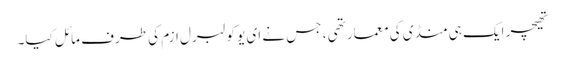
تھیچر ایک ہی منڈی کی معمار تھی ، جس نے ای یو کو لبرل ازم کی طرف مائل کیا۔